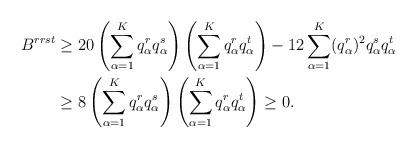
LaTeX: \begin{align*}B^{rrst}\geq {}&20\left( \sum_{\alpha=1}^K q_\alpha^r q_\alpha^s \right)\left( \sum_{\alpha=1}^K q_\alpha^r q_\alpha^t \right)-12\sum_{\alpha=1}^K (q_\alpha^r)^2 q_\alpha^s q_\alpha^t\\\geq{}& 8\left( \sum_{\alpha=1}^K q_\alpha^r q_\alpha^s \right)\left( \sum_{\alpha=1}^K q_\alpha^r q_\alpha^t \right)\geq 0.\end{align*}